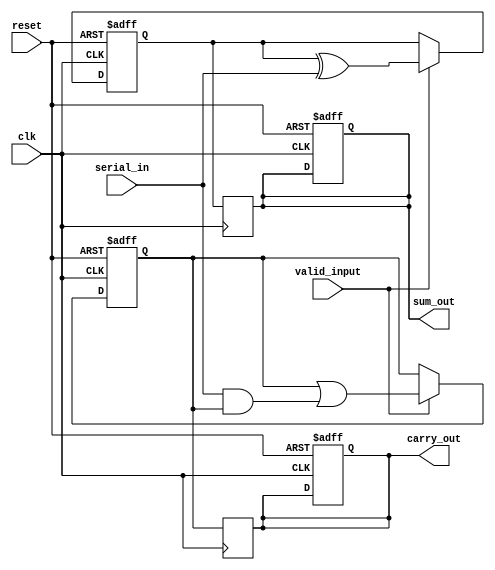
module CarrySaveAdder (
    input wire clk,            // Clock signal
    input wire reset,          // Reset signal
    input wire serial_in,      // Serial input data bit
    input wire valid_input,     // Signal indicating valid input data
    output reg [15:0] sum_out, // Output sum
    output reg [15:0] carry_out // Output carry
);

    // Registers to hold the partial sums and carries
    reg [15:0] sum;           // Partial sum accumulator
    reg [15:0] carry;         // Partial carry accumulator

    // Sequential logic to process input bits
    always @(posedge clk or posedge reset) begin
        if (reset) begin
            sum <= 16'b0;     // Reset sum to 0
            carry <= 16'b0;   // Reset carry to 0
            sum_out <= 16'b0; // Output sum reset
            carry_out <= 16'b0; // Output carry reset
        end else if (valid_input) begin
            // Carry Save Adder logic
            // New sum calculation
            sum <= (sum ^ serial_in); // Current sum XOR with the new input
            // New carry calculation
            carry <= (carry | (sum & serial_in)); // Carry from the sum and new input
            carry <= (carry | (sum & carry)); // Carry from the previous carry
            carry <= (carry | (serial_in & carry)); // Carry from serial input and previous carry
        end
    end

    // Output the final sum and carry after all bits processed
    always @(posedge clk) begin
        sum_out <= sum;       // Output current sum
        carry_out <= carry;   // Output current carry
    end

endmodule